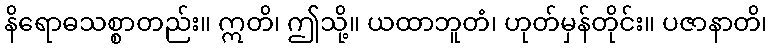
နိရောဓသစ္စာတည်း။ ဣတိ၊ ဤသို့။ ယထာဘူတံ၊ ဟုတ်မှန်တိုင်း။ ပဇာနာတိ၊